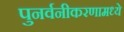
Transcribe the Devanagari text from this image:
पुनर्वनीकरणामध्ये